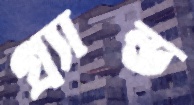
গ্র্যান্ড